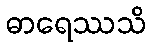
ဓာရေဿသိ